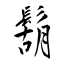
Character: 鬍